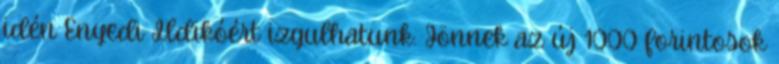
idén Enyedi Ildikóért izgulhatunk. Jönnek az új 1000 forintosok